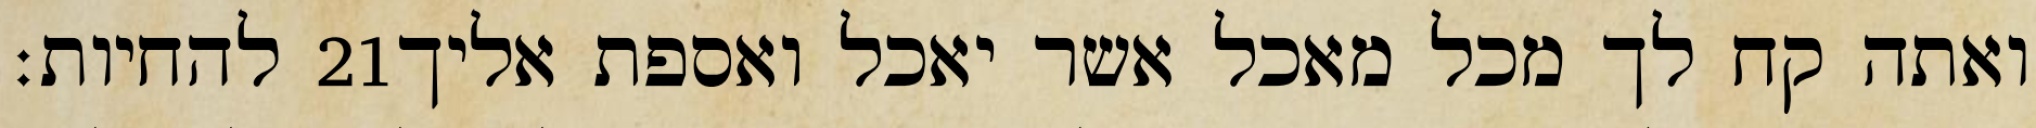
להחיות׃ ‎21‏ ואתה קח לך מכל מאכל אשר יאכל ואספת אליך